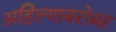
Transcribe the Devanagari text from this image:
अहिल्याबरोबर